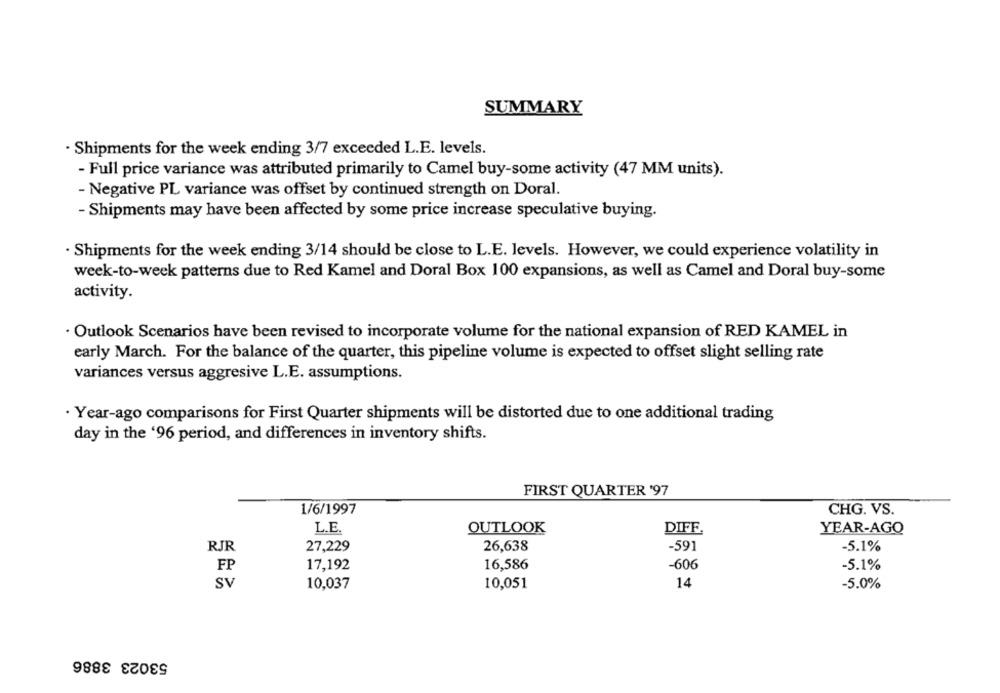
SUMMARY
· Shipments for the week ending 3/7 exceeded L.E. levels.
- Full price variance was attributed primarily to Camel buy-some activity (47 MM units).
- Negative PL variance was offset by continued strength on Doral.
- Shipments may have been affected by some price increase speculative buying.
· Shipments for the week ending 3/14 should be close to L.E. levels. However, we could experience volatility in
week-to-week patterns due to Red Kamel and Doral Box 100 expansions, as well as Camel and Doral buy-some
activity.
· Outlook Scenarios have been revised to incorporate volume for the national expansion of RED KAMEL in
early March. For the balance of the quarter, this pipeline volume is expected to offset slight selling rate
variances versus aggresive L.E. assumptions.
· Year-ago comparisons for First Quarter shipments will be distorted due to one additional trading
day in the '96 period, and differences in inventory shifts.
FIRST QUARTER '97
1/6/1997
CHG. VS.
L.E.
OUTLOOK
DIFF.
YEAR-AGO
RJR
27,229
26,638
-591
-5.1%
17,192
16,586
-606
-5.1%
FP
Sv
10,037
10,051
14
-5.0%
53023 3886